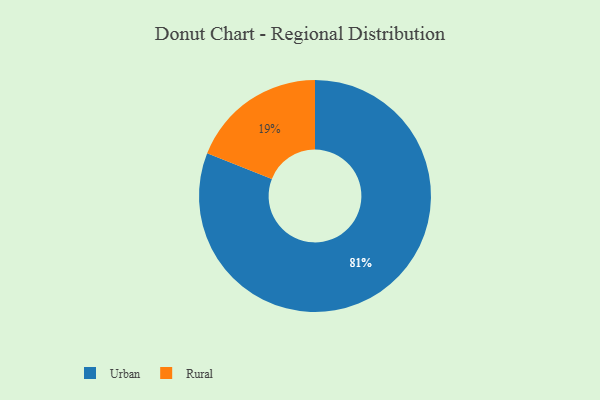
{"axis": {"x": "Category", "y": "Percentage"}, "legend": ["Rural", "Urban"], "data": [{"x": "Rural", "y": 19, "type": "Rural"}, {"x": "Urban", "y": 81, "type": "Urban"}]}